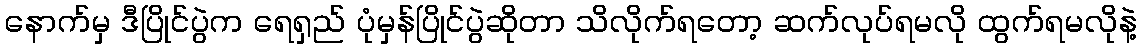
နောက်မှ ဒီပြိုင်ပွဲက ရေရှည် ပုံမှန်ပြိုင်ပွဲဆိုတာ သိလိုက်ရတော့ ဆက်လုပ်ရမလို ထွက်ရမလိုနဲ့